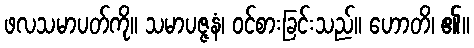
ဖလသမာပတ်ကို။ သမာပဇ္ဇနံ၊ ဝင်စားခြင်းသည်။ ဟောတိ၊ ၏။